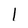
Character: l